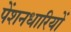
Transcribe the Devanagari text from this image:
पेंशनधारियों